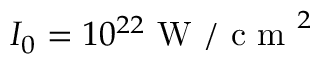
I _ { 0 } = 1 0 ^ { 2 2 } \mathrm { ~ W ~ / ~ c ~ m ~ } ^ { 2 }